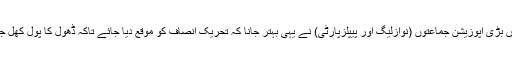
دونوں بڑی اپوزیشن جماعتوں (نوازلیگ اور پیپلزپارٹی) نے یہی بہتر جانا کہ تحریکِ انصاف کو موقع دیا جائے تاکہ ڈھول کا پول کھل جائے۔